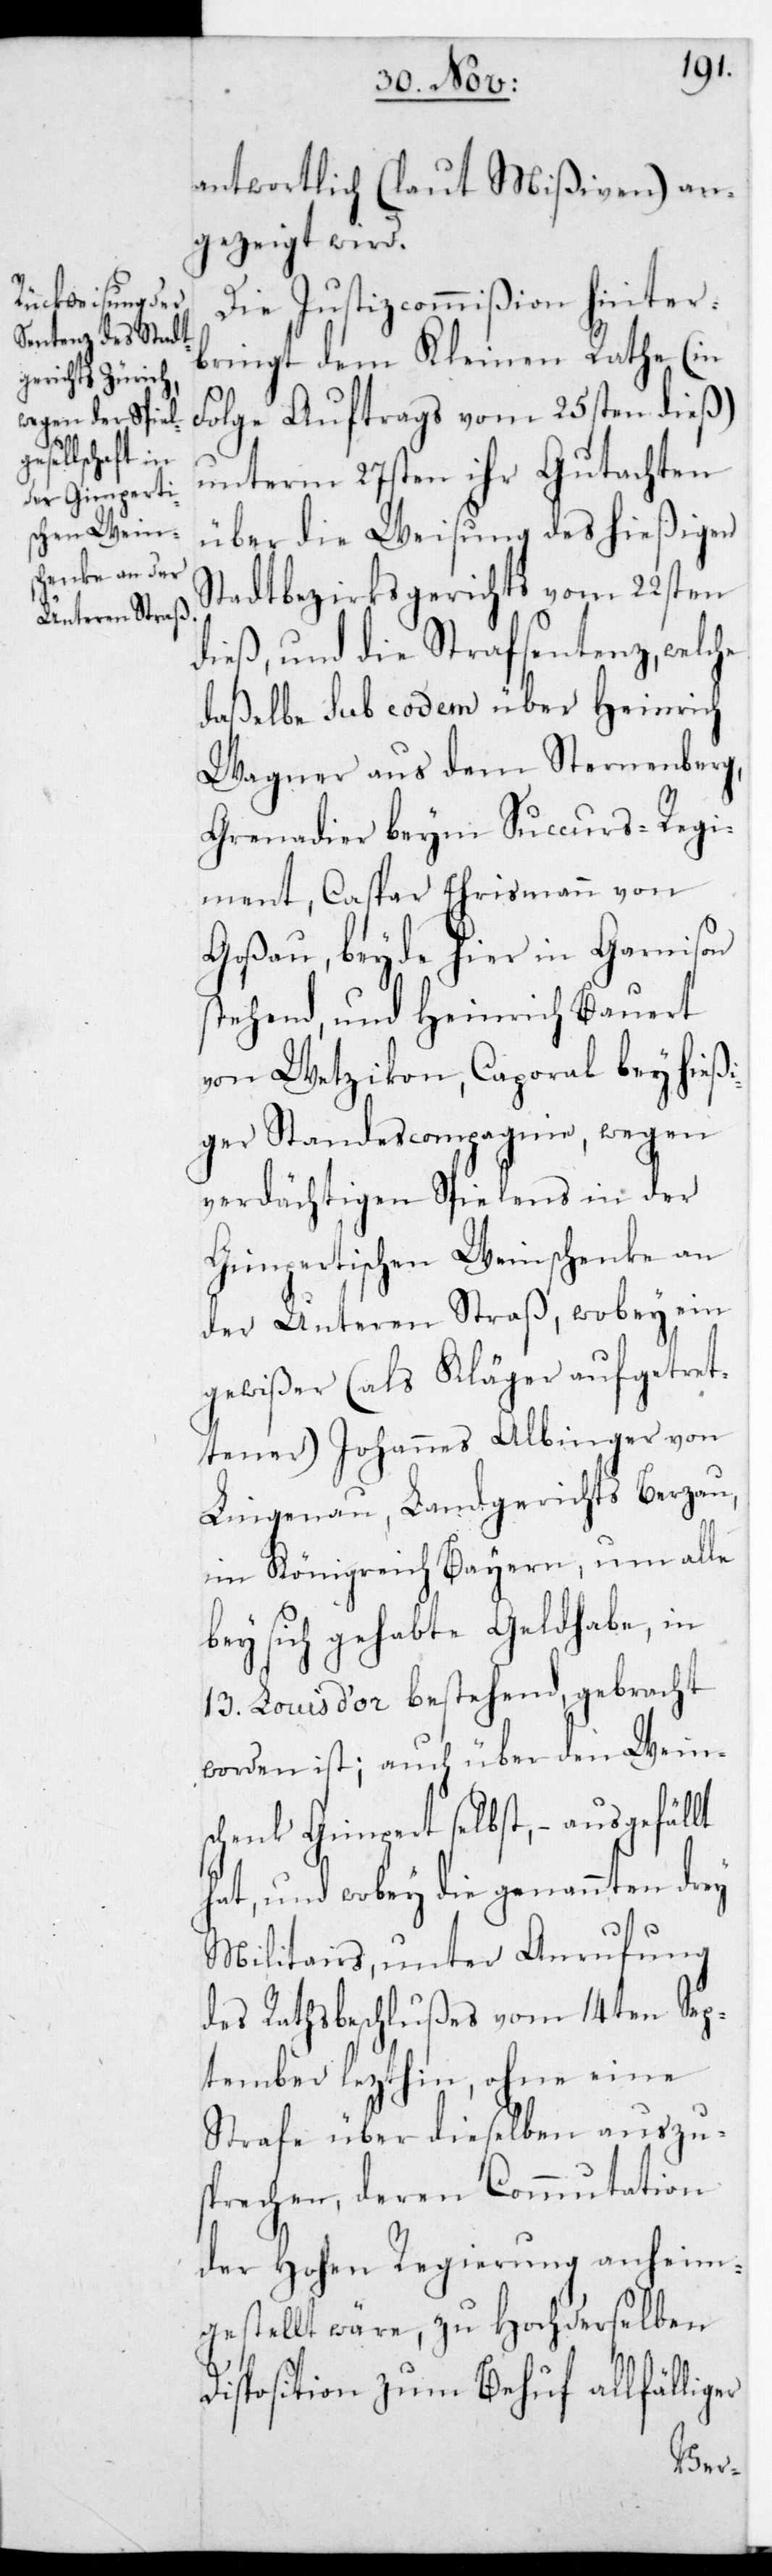
antwortlich (laut Mißiven) an¬
gezeigt wird.
Die Justizcommißion hinter¬
bringt dem Kleinen Rathe (in
Folge Auftrags vom 25sten dieß)
unterm 27sten ihr Gutachten
über die Weisung des hießigen
Stadtbezirksgerichts vom 22sten
dieß, und die Strafsentenz, welche
daßelbe sub eodem über Heinrich
Wagner aus dem Sternenberg,
Grenadier beym Succurs-Regi¬
ment; Caspar Ehrismann von
Goßau; beyde hier in Garnison
stehen, und Heinrich Bauert
von Wetzikon, Caporal bey hieß¬
iger Standescompagnie, wegen
verdächtigen Spielens in der
Gimpertischen Weinschenke an
der Unteren Straß, wobey ein
gewißer (als Kläger aufgetret¬
tener) Johannes Albinger von
Lingenau, Landgericht Berzau
im Königreich Bayern, um alle
bey sich gehabte Geldhabe, in
13. Louis d’or bestehend gebracht
worden ist; auch über den Wein¬
schenk Gimpert selbst, – ausgefällt
hat, und wobey die genannten drey
Militars, unter Anrufung
des Rathsbeschlußes vom 14ten Sep¬
tember lezthin, ohne eine
Strafe über dieselben auszu¬
sprechen, deren Commutation
der Hohen Regierung anheim¬
gestellt wäre, zu Hochderselben
Disposition zum Behuf allfälliger